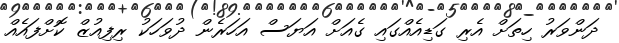
ދަންވަރު ހިތަށް އެރި ގަޑިއެއްގައި ގެއަށް އަޔަސް އަހަރެން ދުވަހަކު ރިފިއުޒް ކޮށްފައެއް